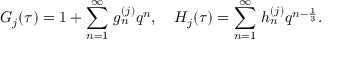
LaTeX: G _ { j } ( \tau ) = 1 + \sum _ { n = 1 } ^ { \infty } \, g _ { n } ^ { ( j ) } q ^ { n } , ~ ~ ~ H _ { j } ( \tau ) = \sum _ { n = 1 } ^ { \infty } \, h _ { n } ^ { ( j ) } q ^ { n - \frac { 1 } { 3 } } .